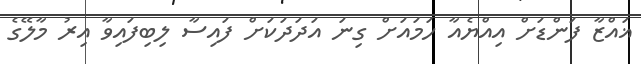
ޣައްޒާ ފަންޑަށް އިއްޔެއާ ހަމައަށް ގިނަ އަދަދަކަށް ފައިސާ ލިބިފައިވާ އިރު މާލޭގެ